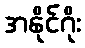
အနိုင်ဂိုး